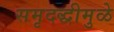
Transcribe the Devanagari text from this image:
समृदद्धीमुळे